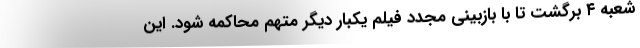
شعبه ۴ برگشت تا با بازبینی مجدد فیلم یکبار دیگر متهم محاکمه شود. این